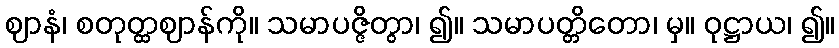
ဈာနံ၊ စတုတ္ထဈာန်ကို။ သမာပဇ္ဇိတွာ၊ ၍။ သမာပတ္တိတော၊ မှ။ ဝုဋ္ဌာယ၊ ၍။